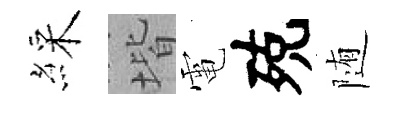
綵堦電殑随